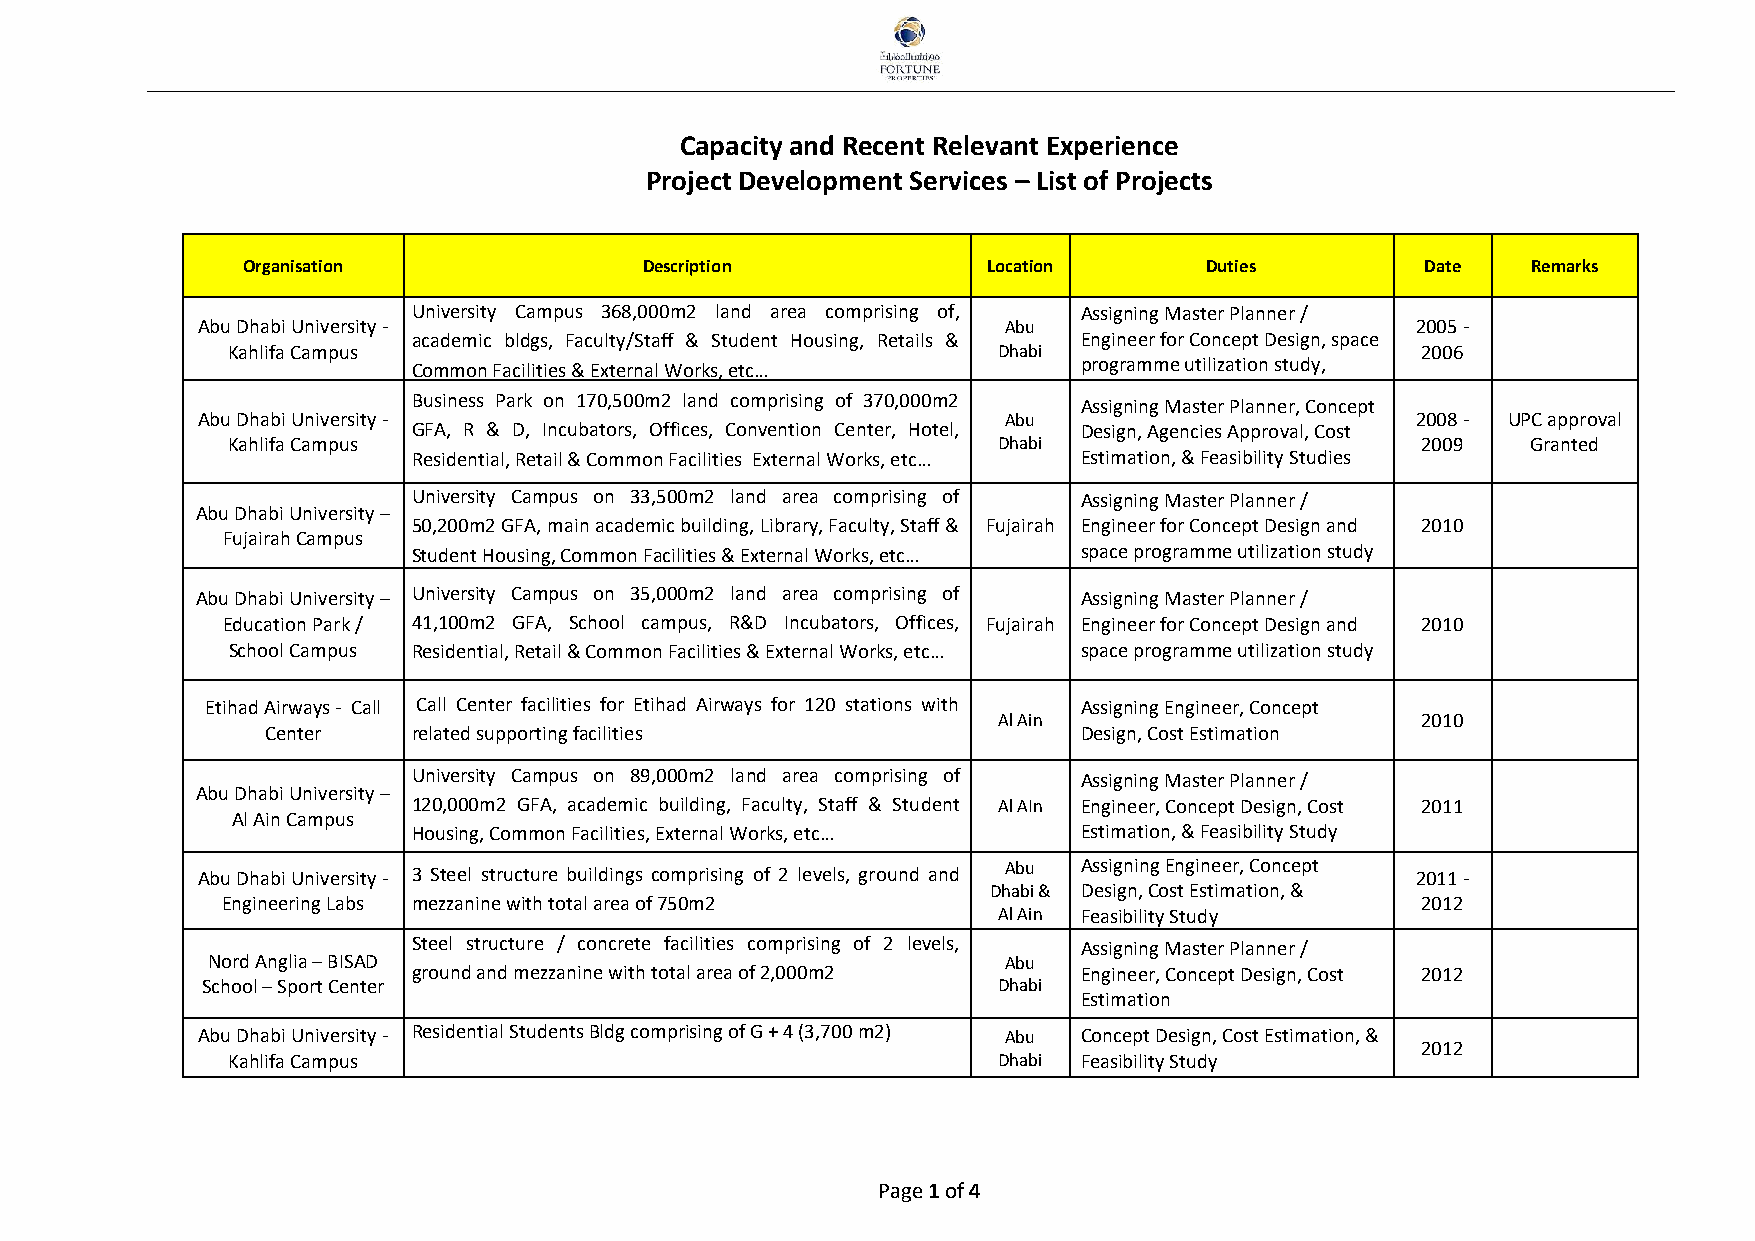
Capacity and Recent Relevant Experience
 Project Development Services – List of Projects
 Organisation               Description           Location       Duties        Date   Remarks
 University Campus 368,000m2 land area comprising of, Assigning Master Planner /
 Abu Dhabi University -                                Abu                        2005 -
 academic bldgs, Faculty/Staff & Student Housing, Retails & Engineer for Concept Design, space
 Kahlifa Campus                                     Dhabi                       2006
 Common Facilities & External Works, etc…     programme utilization study,
 Business Park on 170,500m2 land comprising of 370,000m2 Assigning Master Planner, Concept
 Abu Dhabi University -                                Abu                        2008 - UPC approval
 GFA, R & D, Incubators, Offices, Convention Center, Hotel, Design, Agencies Approval, Cost
 Kahlifa Campus                                     Dhabi                       2009   Granted
 Residential, Retail & Common Facilities External Works, etc… Estimation, & Feasibility Studies
 University Campus on 33,500m2 land area comprising of Assigning Master Planner /
 Abu Dhabi University –
 50,200m2 GFA, main academic building, Library, Faculty, Staff & Fujairah Engineer for Concept Design and 2010
 Fujairah Campus
 Student Housing, Common Facilities & External Works, etc… space programme utilization study
 Abu Dhabi University – University Campus on 35,000m2 land area comprising of Assigning Master Planner /
 Education Park / 41,100m2 GFA, School campus, R&D Incubators, Offices, Fujairah Engineer for Concept Design and 2010
 School Campus Residential, Retail & Common Facilities & External Works, etc… space programme utilization study
 Etihad Airways - Call Call Center facilities for Etihad Airways for 120 stations with Assigning Engineer, Concept
 Al Ain                      2010
 Center   related supporting facilities                Design, Cost Estimation
 University Campus on 89,000m2 land area comprising of Assigning Master Planner /
 Abu Dhabi University –
 120,000m2 GFA, academic building, Faculty, Staff & Student Al AIn Engineer, Concept Design, Cost 2011
 Al Ain Campus
 Housing, Common Facilities, External Works, etc… Estimation, & Feasibility Study
 Abu Dhabi University - 3 Steel structure buildings comprising of 2 levels, ground and Abu Assigning Engineer, Concept 2011 -
 Dhabi & Design, Cost Estimation, &
 Engineering Labs mezzanine with total area of 750m2                            2012
 Al Ain Feasibility Study
 Steel structure / concrete facilities comprising of 2 levels, Assigning Master Planner /
 Nord Anglia – BISAD                                  Abu
 ground and mezzanine with total area of 2,000m2 Engineer, Concept Design, Cost 2012
 School – Sport Center                                Dhabi
 Estimation
 Abu Dhabi University - Residential Students Bldg comprising of G + 4 (3,700 m2) Abu Concept Design, Cost Estimation, &
 2012
 Kahlifa Campus                                     Dhabi Feasibility Study
 Page 1 of 4